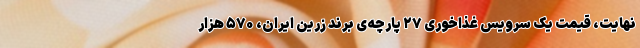
نهایت، قیمت یک سرویس غذاخوری ۲۷ پارچه‌ی برندِ زرین ایران، ۵۷۰ هزار